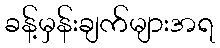
ခန့်မှန်းချက်များအရ